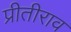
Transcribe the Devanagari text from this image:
प्रीतीराव